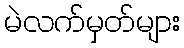
မဲလက်မှတ်များ